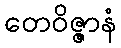
တေဝိဇ္ဇာနံ